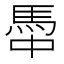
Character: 馽